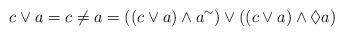
LaTeX: \begin{align*}c\vee a=c\neq a=\left( \left( c\vee a\right) \wedge a^{\sim}\right)\vee\left( \left( c\vee a\right) \wedge\lozenge a\right) \end{align*}